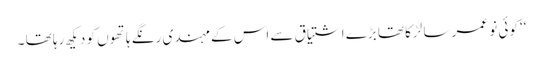
‘‘ کوئی نو عمر سا لڑکا تھا بڑے اشتیاق سے اس کے مہندی رنگے ہاتھوں کو دیکھ رہا تھا ۔